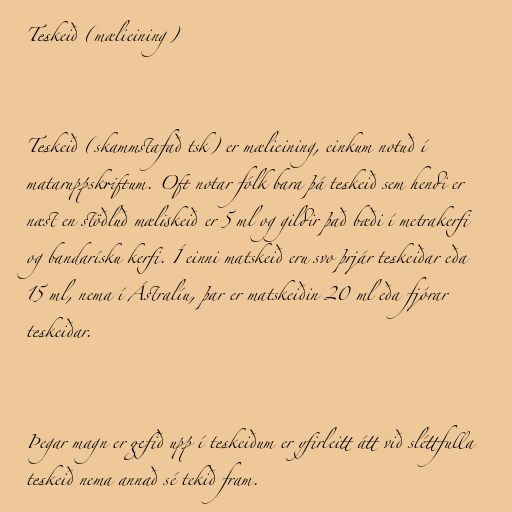
Teskeið (mælieining)

Teskeið (skammstafað tsk) er mælieining, einkum notuð í
mataruppskriftum. Oft notar fólk bara þá teskeið sem hendi er
næst en stöðluð mæliskeið er 5 ml og gildir það bæði í metrakerfi
og bandarísku kerfi. Í einni matskeið eru svo þrjár teskeiðar eða
15 ml, nema í Ástralíu, þar er matskeiðin 20 ml eða fjórar
teskeiðar.

Þegar magn er gefið upp í teskeiðum er yfirleitt átt við sléttfulla
teskeið nema annað sé tekið fram.